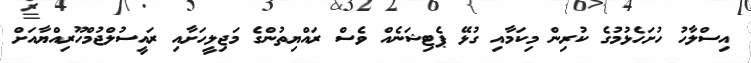
އިސްލާހު ހުށަހެޅުމުގެ ކުރިން މިކަމާއި ގުޅޭ ޕެޓިޝަނެއް ވެސް ރައްޔިތުންގެ މަޖިލީހަށާއި ރައީސުލްޖުމްހޫރިއްޔާއަށް